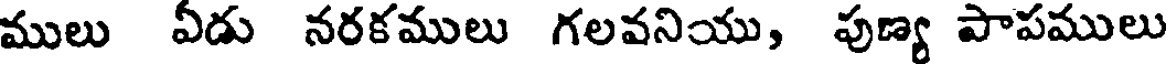
ములు ఏడు నరకములు గలవనియు, పుణ్య పాపములు